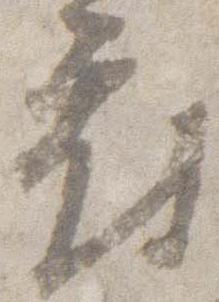
府